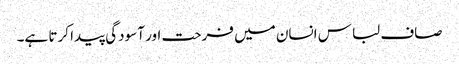
صاف لباس انسان میں فرحت اور آسودگی پیدا کرتا ہے۔